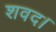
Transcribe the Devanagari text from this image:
शवद।